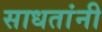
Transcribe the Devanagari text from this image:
साधतांनी